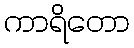
ကာရိတော